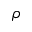
\rho